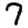
Digit: 7